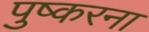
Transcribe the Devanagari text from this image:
पुष्करना